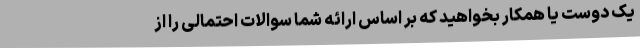
یک دوست یا همکار بخواهید که بر اساس ارائه شما سوالات احتمالی را از